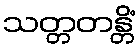
သတ္တတန္တိံ